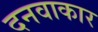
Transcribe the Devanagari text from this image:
दनवाकार